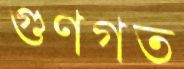
গুণগত